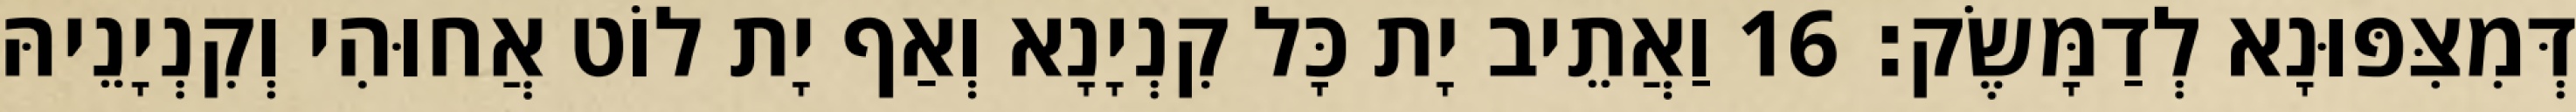
דְּמִצִּפּוּנָא לְדַמָּשֶׂק׃ 16 וַאֲתֵיב יָת כָּל קִנְיָנָא וְאַף יָת לוֹט אֲחוּהִי וְקִנְיָנֵיהּ